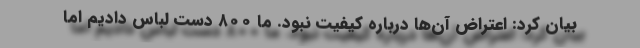
بیان کرد: اعتراض آن‌ها درباره کیفیت نبود. ما ۸۰۰ دست لباس دادیم اما